Statistical return of the lunatic asylum in Assam - 1912-1932
Year: 1912
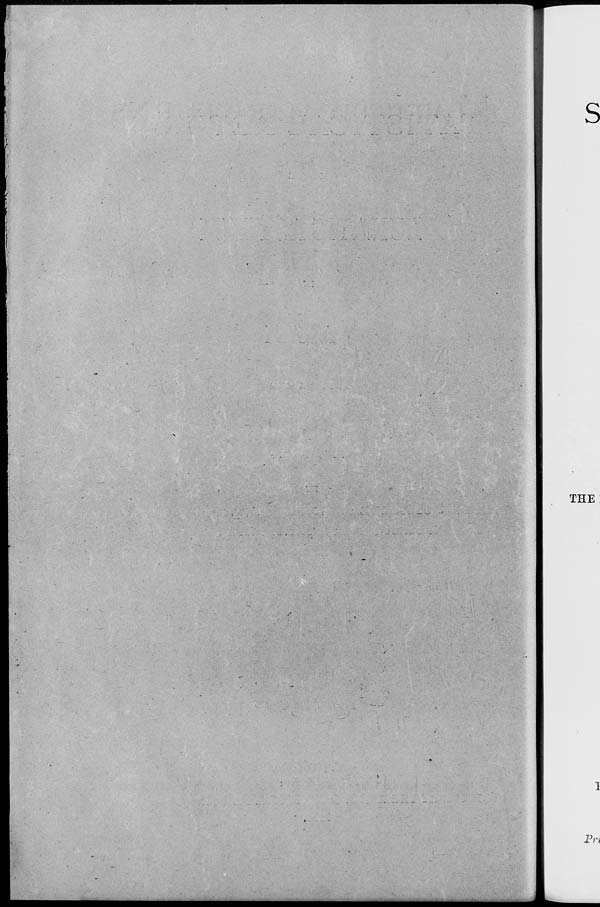
s
THE
Vrt